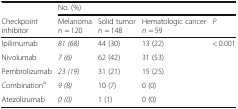
<table><thead><tr><td></td><td colspan="4"><b>No. (%)</b></td></tr><tr><td><b>Checkpoint inhibitor</b></td><td><b>Melanoma<i>n</i> = 120</b></td><td><b>Solid tumor<i>n</i> = 148</b></td><td><b>Hematologic cancer<i>n</i> = 59</b></td><td><b><i>P</i></b></td></tr></thead><tbody><tr><td>Ipilimumab</td><td><i>81 (68)</i></td><td>44 (30)</td><td>13 (22)</td><td>&lt; 0.001</td></tr><tr><td>Nivolumab</td><td><i>7 (6)</i></td><td>62 (42)</td><td>31 (53)</td><td></td></tr><tr><td>Pembrolizumab</td><td><i>23 (19)</i></td><td>31 (21)</td><td>15 (25)</td><td></td></tr><tr><td>Combination<sup>a</sup></td><td><i>9 (8)</i></td><td>10 (7)</td><td>0 (0)</td><td></td></tr><tr><td>Atezolizumab</td><td><i>0 (0)</i></td><td>1 (1)</td><td>0 (0)</td><td></td></tr></tbody></table>